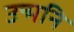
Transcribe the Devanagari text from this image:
उन्मनि